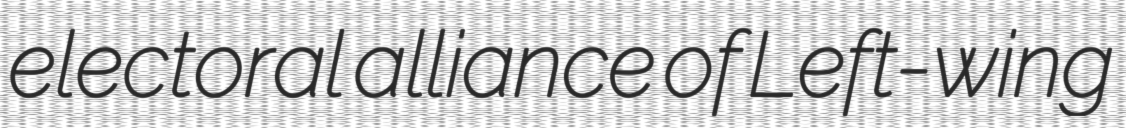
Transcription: electoral alliance of Left-wing